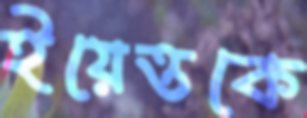
ইয়েত্তকে